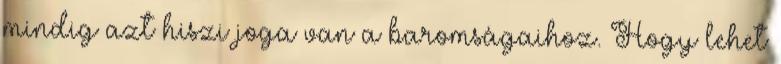
mindig azt hiszi joga van a baromságaihoz. Hogy lehet